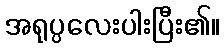
အရုပ္ပလေးပါးပြီး၏။